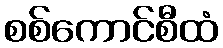
စစ်ကောင်စီထံ